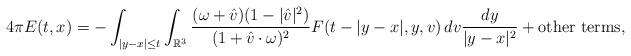
LaTeX: \begin{align*}4\pi E(t,x)=-\int_{|y-x|\leq t}\int_{{\mathbb R}^3}\frac{(\omega+\hat{v})(1-|\hat{v}|^2)}{(1+\hat{v}\cdot \omega)^2}F(t-|y-x|,y,v)\,dv\frac{dy}{|y-x|^2}+\mbox{other terms},\end{align*}